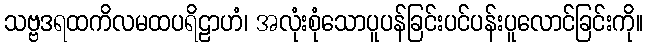
သဗ္ဗဒရထကိလမထပရိဠာဟံ၊ အလုံးစုံသောပူပန်ခြင်းပင်ပန်းပူလောင်ခြင်းကို။